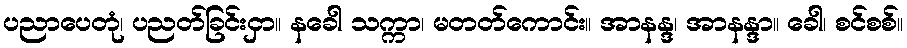
ပညာပေတုံ၊ ပညတ်ခြင်းငှာ။ နခေါ သက္ကာ၊ မတတ်ကောင်း။ အာနန္ဒ၊ အာနန္ဒာ။ ခေါ၊ စင်စစ်။